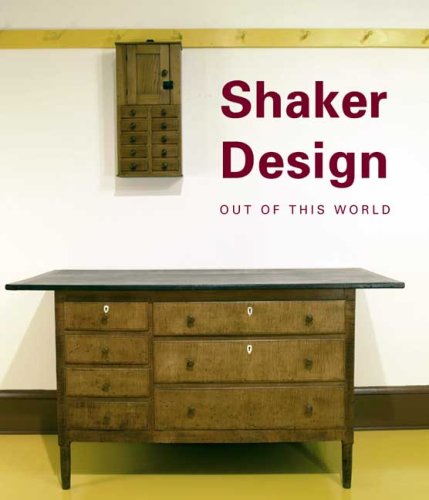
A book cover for Shaker Design: Out of this World (Published in Association with the Bard Graduate Centre for Studies in the Decorative Arts, Design and Culture); Jean Burks; Christian Books & Bibles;